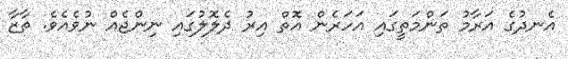
އެނދުގެ އަރާމު ތަންމަތީގައި އަހަރެން އޮތް އިރު ދެލޮލުގައި ނިންޖެއް ނުވެއެވެ. ތާޒާ